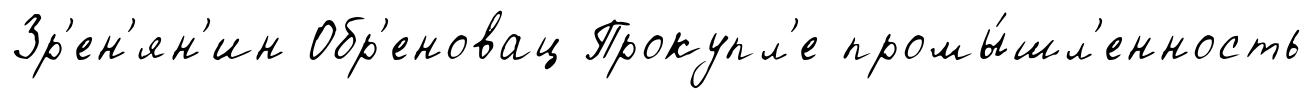
Зр'ен'ян'ин Обр'еновац Прокупл'е промы́шл'енность